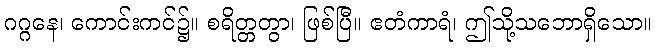
ဂဂ္ဂနေ၊ ကောင်းကင်၌။ စရိတ္တတွာ၊ ဖြစ်ပြီ။ ဧတံကာရံ၊ ဤသို့သဘောရှိသော။